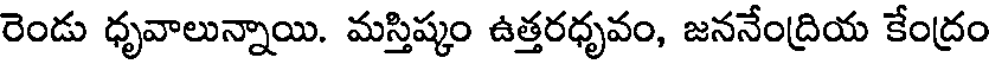
రెండు ధృవాలున్నాయి. మస్తిష్కం ఉత్తరధృవం, జననేంద్రియ కేంద్రం